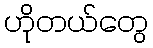
ဟိုတယ်တွေ